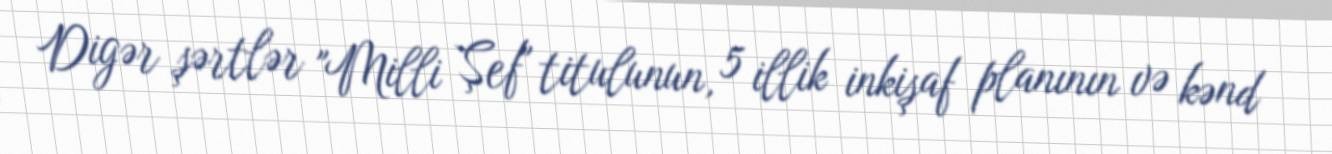
Digər şərtlər "Milli Şef" titulunun, 5 illik inkişaf planının və kənd